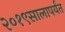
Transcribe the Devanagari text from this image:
२०१९सालापर्यंत